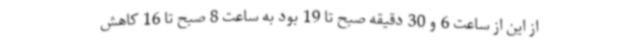
از این از ساعت 6 و 30 دقیقه صبح تا 19 بود به ساعت 8 صبح تا 16 کاهش